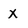
Character: x